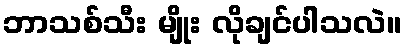
ဘာသစ်သီး မျိုး လိုချင်ပါသလဲ။